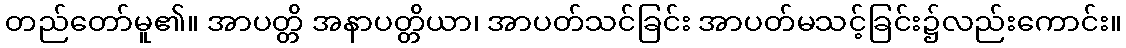
တည်တော်မူ၏။ အာပတ္တိ အနာပတ္တိယာ၊ အာပတ်သင်ခြင်း အာပတ်မသင့်ခြင်း၌လည်းကောင်း။